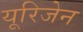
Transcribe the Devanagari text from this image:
यूरिजेन